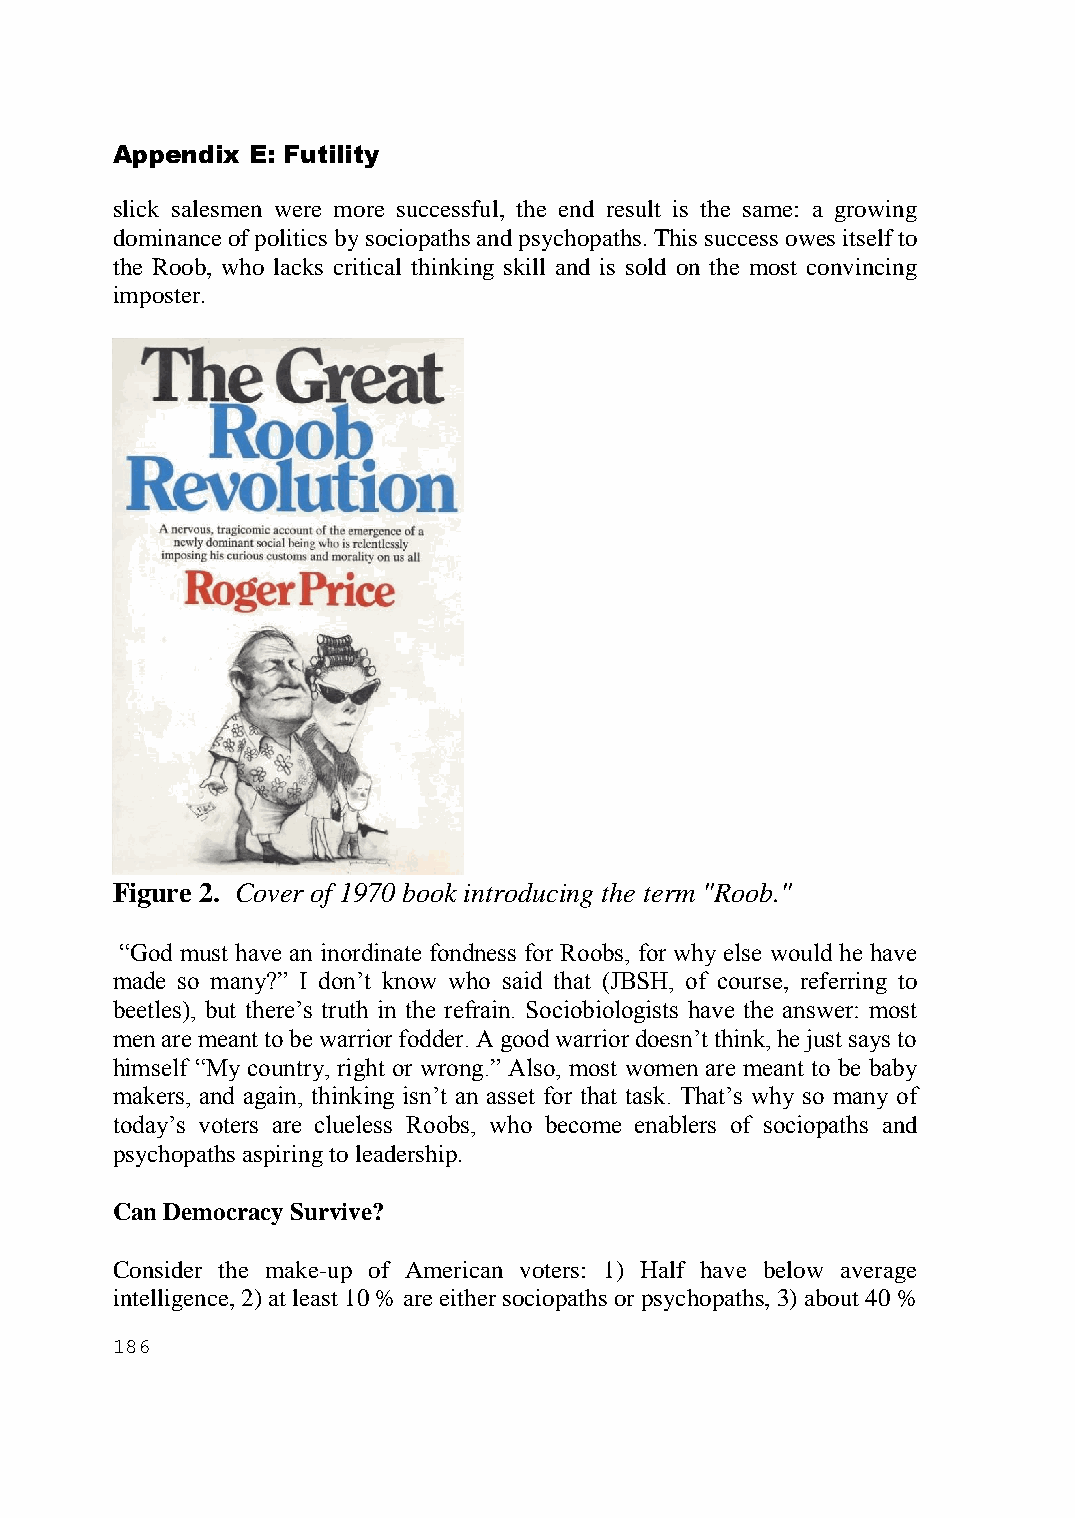
Appendix E: Futility
 slick salesmen were more successful, the end result is the same: a growing
 dominance of politics by sociopaths and psychopaths. This success owes itself to
 the Roob, who lacks critical thinking skill and is sold on the most convincing
 imposter.
 Figure 2. Cover of 1970 book introducing the term "Roob."
 “God must have an inordinate fondness for Roobs, for why else would he have
 made so many?” I don’t know who said that (JBSH, of course, referring to
 beetles), but there’s truth in the refrain. Sociobiologists have the answer: most
 men are meant to be warrior fodder. A good warrior doesn’t think, he just says to
 himself “My country, right or wrong.” Also, most women are meant to be baby
 makers, and again, thinking isn’t an asset for that task. That’s why so many of
 today’s voters are clueless Roobs, who become enablers of sociopaths and
 psychopaths aspiring to leadership.
 Can Democracy Survive?
 Consider the make-up of American voters: 1) Half have below average
 intelligence, 2) at least 10 % are either sociopaths or psychopaths, 3) about 40 %
 186